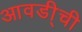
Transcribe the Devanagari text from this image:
आवडी्ची